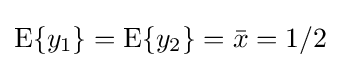
\operatorname {E} \{y_{1}\}=\operatorname {E} \{y_{2}\}={\bar {x}}=1/2